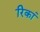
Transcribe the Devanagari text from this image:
रिकां